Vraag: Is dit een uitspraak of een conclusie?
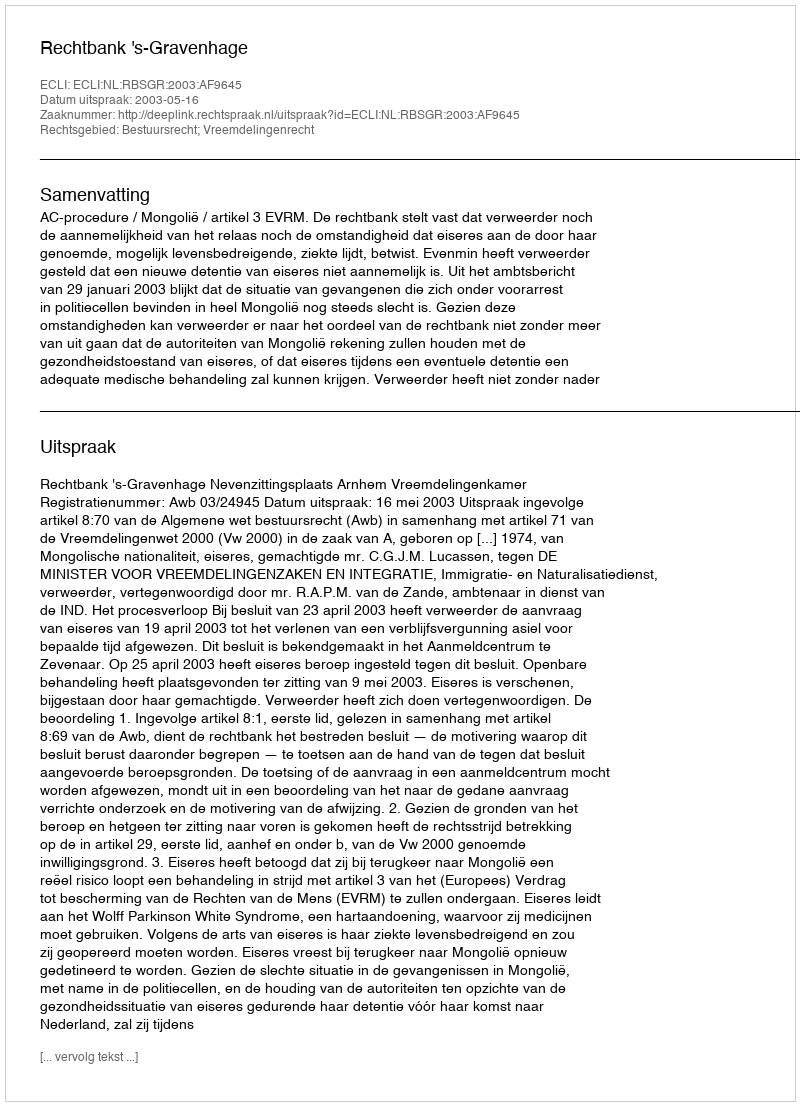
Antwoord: Uitspraak